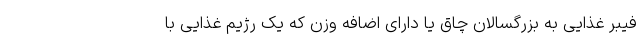
فیبر غذایی به بزرگسالان چاق یا دارای اضافه وزن که یک رژیم غذایی با